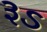
રૂડ